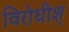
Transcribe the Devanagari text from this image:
विरोधीश्